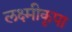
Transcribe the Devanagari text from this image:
लक्ष्मीकृपा